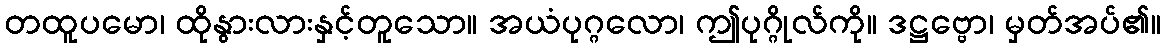
တထူပမော၊ ထိုနွားလားနှင့်တူသော။ အယံပုဂ္ဂလော၊ ဤပုဂ္ဂိုလ်ကို။ ဒဋ္ဌဗ္ဗော၊ မှတ်အပ်၏။